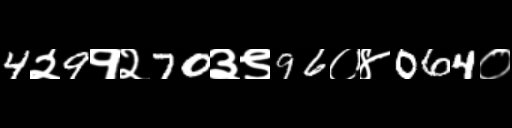
Text: 4२9१२70३९96०४064०